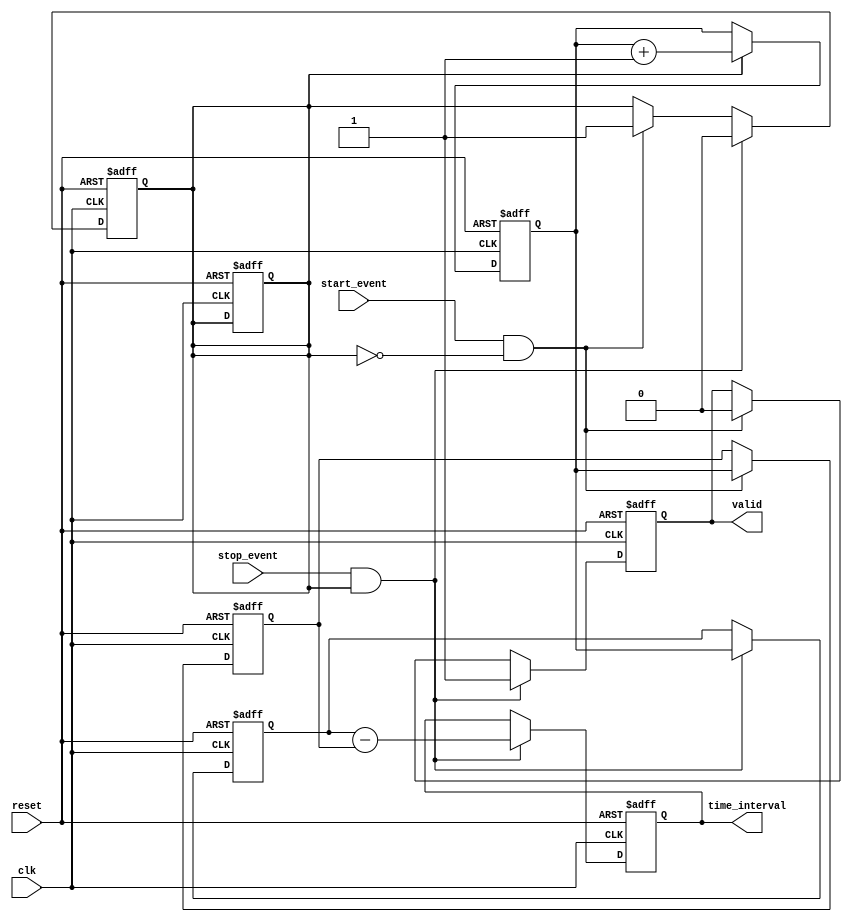
module TDC (
    input wire clk,               // High-frequency clock
    input wire reset,             // Asynchronous reset
    input wire start_event,       // Start event signal
    input wire stop_event,        // Stop event signal
    output reg [31:0] time_interval, // Output time interval
    output reg valid              // Output validity flag
);

    reg [31:0] counter;           // 32-bit counter
    reg [31:0] start_time;        // Timestamp for start event
    reg [31:0] stop_time;         // Timestamp for stop event
    reg capturing;                // State to indicate if TDC is capturing

    // Counter logic
    always @(posedge clk or posedge reset) begin
        if (reset) begin
            counter <= 32'b0;       // Reset counter
            capturing <= 1'b0;      // Reset capturing state
        end else begin
            if (capturing) begin
                counter <= counter + 1; // Increment counter when capturing
            end
        end
    end

    // Event detection and timestamp storage
    always @(posedge clk or posedge reset) begin
        if (reset) begin
            start_time <= 32'b0;    // Reset start time
            stop_time <= 32'b0;     // Reset stop time
            time_interval <= 32'b0;  // Reset time interval
            valid <= 1'b0;           // Reset valid flag
            capturing <= 1'b0;       // Not capturing
        end else begin
            if (start_event && !capturing) begin
                start_time <= counter; // Capture start time
                capturing <= 1'b1;      // Start capturing
                valid <= 1'b0;          // Reset valid flag until calculation
            end
            if (stop_event && capturing) begin
                stop_time <= counter;   // Capture stop time
                time_interval <= stop_time - start_time; // Calculate time interval
                valid <= 1'b1;           // Set valid flag
                capturing <= 1'b0;       // Stop capturing
            end
        end
    end

endmodule